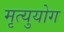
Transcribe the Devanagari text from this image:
मृत्युयोग